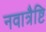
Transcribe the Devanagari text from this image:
नवात्रैष्टि